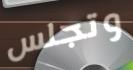
وتجلس